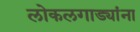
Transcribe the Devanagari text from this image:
लोकलगाड्यांना